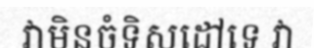
វាមិនចំទិសដៅទេ វា